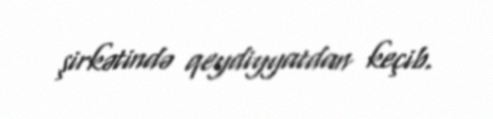
şirkətində qeydiyyatdan keçib.